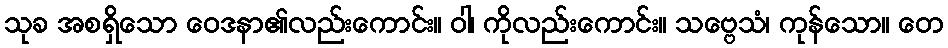
သုခ အစရှိသော ဝေဒနာ၏လည်းကောင်း။ ဝါ၊ ကိုလည်းကောင်း။ သဗ္ဗေသံ၊ ကုန်သော။ တေ